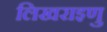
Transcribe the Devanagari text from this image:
लिखराइणु